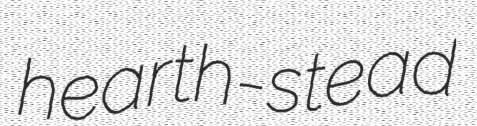
hearth-stead